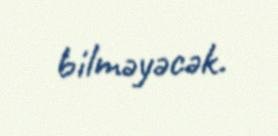
bilməyəcək.